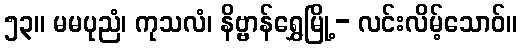
၅၃။ မမပုညံ၊ ကုသလံ၊ နိဗ္ဗာန်ရွှေမြို့- လင်းလိမ့်သောဝ်။